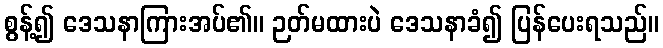
စွန့်၍ ဒေသနာကြားအပ်၏။ ဉတ်မထားပဲ ဒေသနာခံ၍ ပြန်ပေးရသည်။